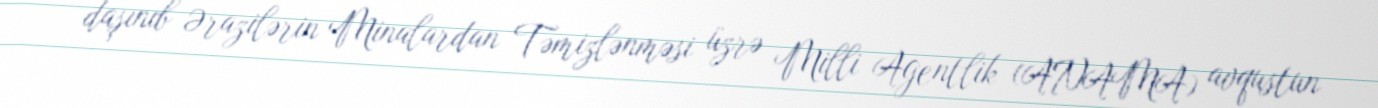
daşınıb Ərazilərin Minalardan Təmizlənməsi üzrə Milli Agentlik (ANAMA) avqustun